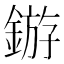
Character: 𬫲